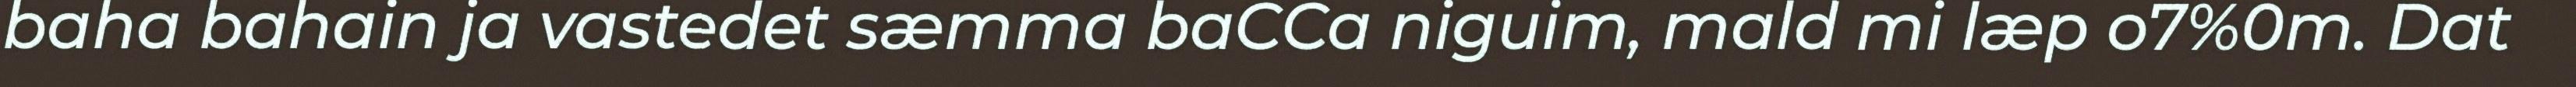
baha bahain ja vastedet sæmma baCCa niguim, mald mi læp o7%0m. Dat